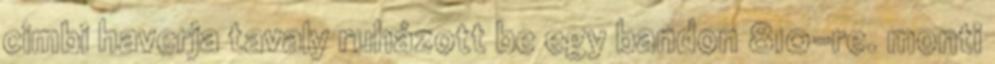
cimbi haverja tavaly ruházott be egy bandon 810-re. monti